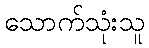
သောက်သုံးသူ